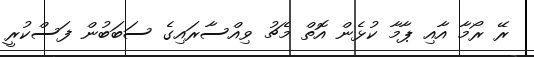
ރޭ ރޯމާ އާއި ޕާމާ ކުޅެން އޮތް މެޗު ވިއްސާރައިގެ ސަބަބުން ފަސްކުރީ